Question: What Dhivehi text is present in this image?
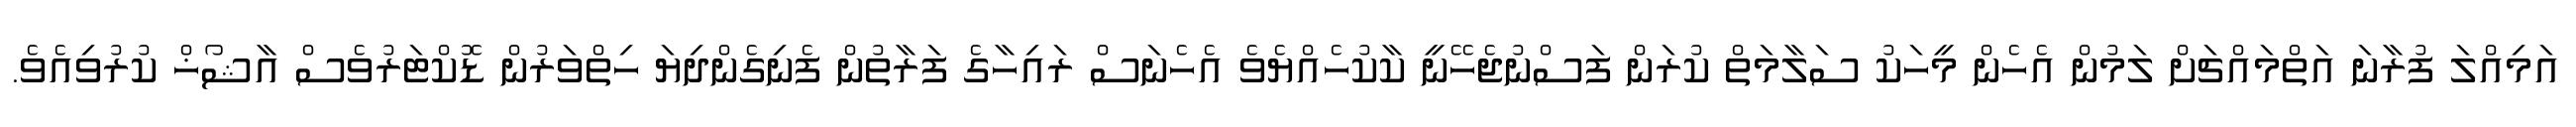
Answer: އަމިއްލަ ފުރާނަ އަތްމައްޗަށް ލަމުން އެހެން މީހަކު ސަލާމަތް ކުރަން ފަސްނުޖެހޭނީ ކާކުހެއްޔެވެ އެހެނަސް ރައިހާގެ ފަރާތުން ފެނިގެންދިޔަ ހިތްވަރުން ޑޮކްޓަރުވެސް އާޝޯޚް ކުރުވިއެވެ.